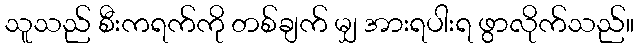
သူသည် စီးကရက်ကို တစ်ချက် မျှ အားရပါးရ ဖွာလိုက်သည်။